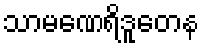
သာမဏေရိဒူတေန